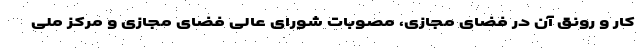
کار و رونق آن در فضای مجازی، مصوبات شورای عالی فضای مجازی و مرکز ملی